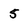
Character: 5